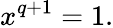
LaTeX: x^{q+1}=1.